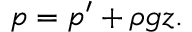
\begin{array} { r } { p = p ^ { \prime } + \rho g z . } \end{array}